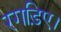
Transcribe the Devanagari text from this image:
रगड़िए।